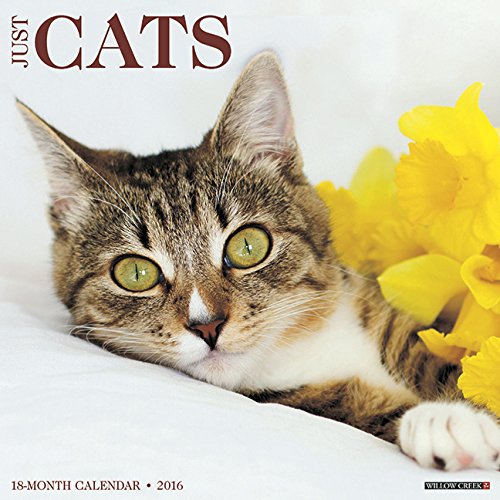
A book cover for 2016 Just Cats Wall Calendar; Willow Creek Press; Calendars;